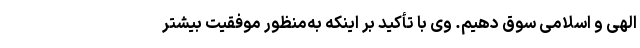
الهی و اسلامی سوق دهیم. وی با تأکید بر اینکه به‌منظور موفقیت بیشتر